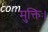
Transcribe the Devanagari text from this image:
मुक्तिः।